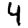
Digit: 4